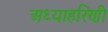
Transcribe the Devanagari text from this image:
अध्याहरिणी